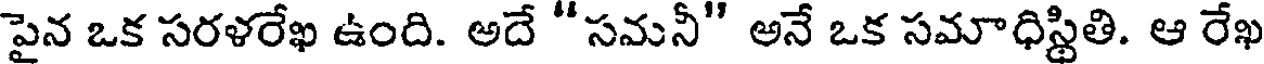
పైన ఒక సరళరేఖ ఉంది. అదే "సమనీ" అనే ఒక సమాధిస్థితి. ఆ రేఖ